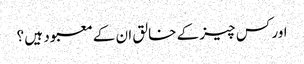
اور کس چیز کے خالق ان کے معبود ہیں ؟